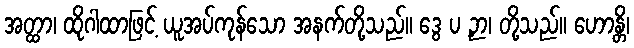
အတ္ထာ၊ ထိုဂါထာဖြင့် ယူအပ်ကုန်သော အနက်တို့သည်။ ဒွေ ပ ဉှာ၊ တို့သည်။ ဟောန္တိ၊